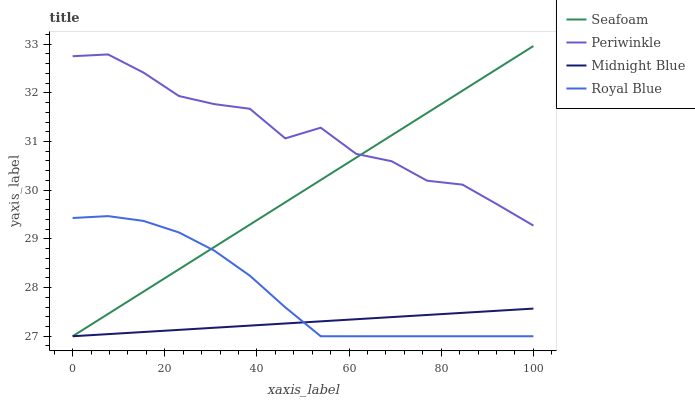
| xaxis_label | Seafoam | Periwinkle | Midnight Blue | Royal Blue |
 | --- | --- | --- | --- | --- |
 | 0 | 27 | 32.8 | 27 | 29.4 |
 | 7.69 | 27.5 | 32.8 | 27 | 29.5 |
 | 15.4 | 27.9 | 32.4 | 27.1 | 29.4 |
 | 23.1 | 28.4 | 31.9 | 27.1 | 29.1 |
 | 30.8 | 28.8 | 31.8 | 27.2 | 28.8 |
 | 38.5 | 29.3 | 31.7 | 27.2 | 28.2 |
 | 46.2 | 29.8 | 31.1 | 27.3 | 27.6 |
 | 53.8 | 30.2 | 31.3 | 27.3 | 27 |
 | 61.5 | 30.7 | 30.7 | 27.3 | 27 |
 | 69.2 | 31.1 | 30.6 | 27.4 | 27 |
 | 76.9 | 31.6 | 30.2 | 27.4 | 27 |
 | 84.6 | 32 | 30.1 | 27.5 | 27 |
 | 92.3 | 32.5 | 29.7 | 27.5 | 27 |
 | 100 | 33 | 29.3 | 27.6 | 27 |